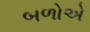
બળોએ